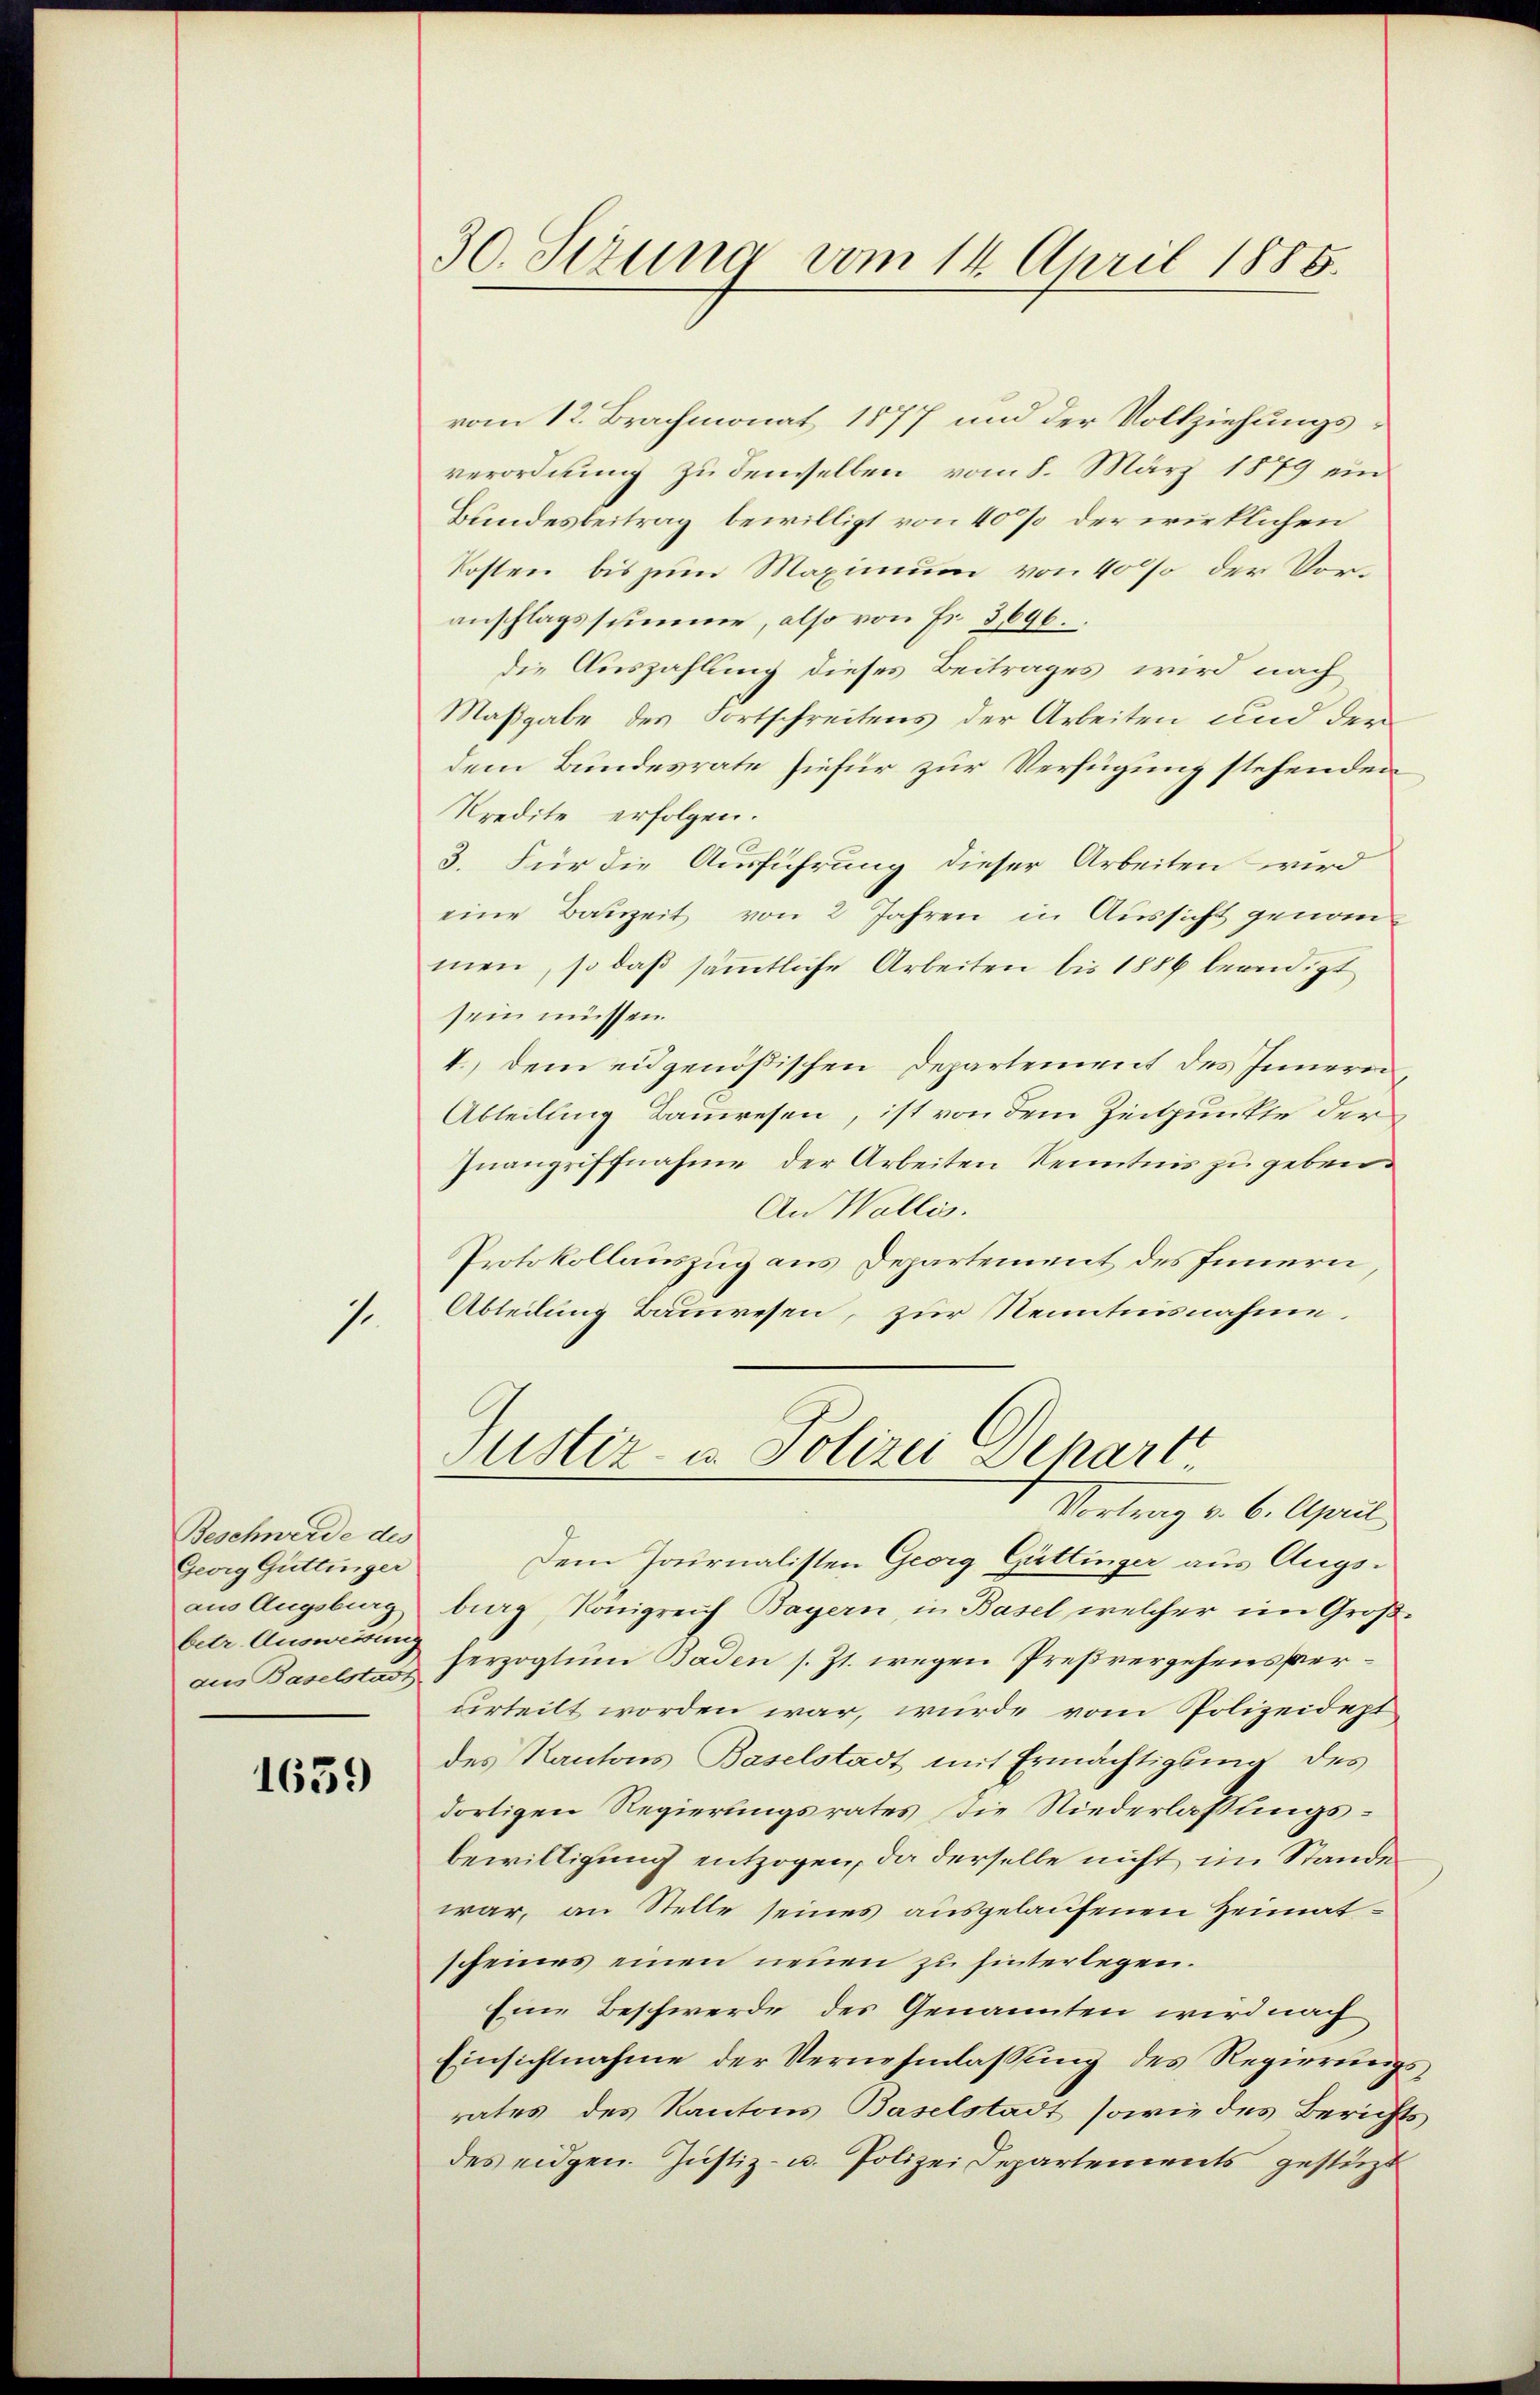
1.

Beschwerde des
Georg Güttinger
aus Augsburg
betr. Ausweisung

1639

30. Serung vom 14. April 1885.

vom 12. Brachmonat 1877 und der Vollziehungsverordnung zu demselben vom 8. März 1879 ein
Bundesbeitrag bewilligt von 40% der wirklichen
Kosten bis zum Maximum von 40% der Voranschlagssumme, also von Fr. 3696.
die Auszahlung dieses Beitrages wird nach
Maßgabe des Fortschreitens der Arbeiten und der
dem Bundesrate hiefür zur Verfügung stehenden
Predite erfolgen.
3. Für die Ausführung dieser Arbeiten wird
eine Bauzeit von 2 Jahren in Aussicht genommen, so daß sämmtliche Arbeiten bis 1886 beendigt
sein müssen.
I. Dem eidgenößischen Departement des Inneren
Abteilung Bauwesen, ist von dem Zeitpunkte der
Inangriffnahme der Arbeiten Kenntnis zu geben.
An Wallis.
Protokollauszug aus Departement des Innern
Abteilung Bauwesen, zur Nenntnisnahme.
Justiz in Polizei Depart.
Vortrag v. 6. April
Dem Journalisten Georg Gattinger aus Augsburg, Königreich Bayern, in Basel welcher im Großan Basels herzogtum Baden s. Zt. wegen Preßvergehensperurteilt worden war, wurde vom Polizeidept,
des Kantons Baselstadt mit Ermächtigung des
dortigen Regierungsrates die Niederlassungsbewilligung entzogen, da derselbe nicht im Stande
war, an Stelle seines ausgelaufenen Heimatscheines einen neuen zu hinterlegen.
Eine Beschwerde des Genannten wird nach
Einsichtnahme der Vernehmlassung des Regierungsrates des Kantons Baselstadt sowie des Berichts
des eidgen. Justiz- u. Polizei Separtements gestüzt